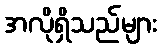
အလိုရှိသည်များ